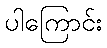
ပါကြောင်း